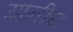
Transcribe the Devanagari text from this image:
यानीय